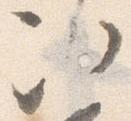
次